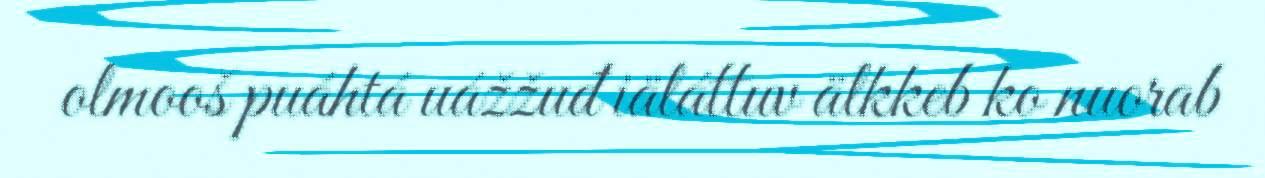
olmooš puáhtá uážžuđ iäláttuv älkkeb ko nuorab